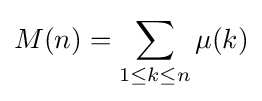
M(n)=\sum _{1\leq k\leq n}\mu (k)